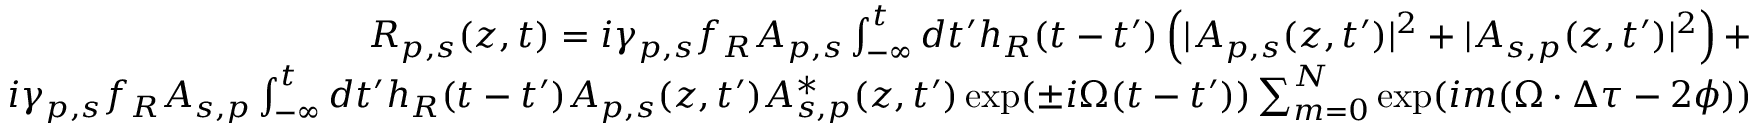
\begin{array} { r } { R _ { p , s } ( z , t ) = i \gamma _ { p , s } f _ { R } A _ { p , s } \int _ { - \infty } ^ { t } d t ^ { \prime } h _ { R } ( t - t ^ { \prime } ) \left( | A _ { p , s } ( z , t ^ { \prime } ) | ^ { 2 } + | A _ { s , p } ( z , t ^ { \prime } ) | ^ { 2 } \right) + } \\ { i \gamma _ { p , s } f _ { R } A _ { s , p } \int _ { - \infty } ^ { t } d t ^ { \prime } h _ { R } ( t - t ^ { \prime } ) A _ { p , s } ( z , t ^ { \prime } ) A _ { s , p } ^ { * } ( z , t ^ { \prime } ) \exp ( \pm i \Omega ( t - t ^ { \prime } ) ) \sum _ { m = 0 } ^ { N } \exp ( i m ( \Omega \cdot \Delta \tau - 2 \phi ) ) } \end{array}